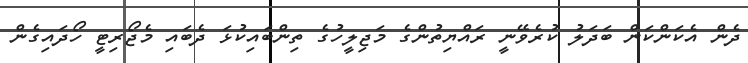
ދެން އެކަންކަން ބަދަލު ކުރެވޭނީ ރައްޔިތުންގެ މަޖިލީހުގެ ތިންބައިކުޅަ ދެބައި މެޖޯރިޓީ ހޯދައިގެން